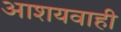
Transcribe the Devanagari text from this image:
आशयवाही